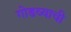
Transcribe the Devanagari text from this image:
गोडव्याची